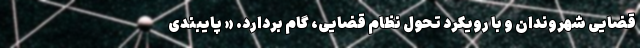
قضایی شهروندان و با رویکرد تحول نظام قضایی، گام بردارد. « پایبندی